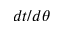
d t / d \theta